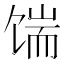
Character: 𩠊